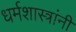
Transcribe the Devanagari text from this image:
धर्मशास्त्रांनी